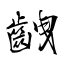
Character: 齥